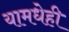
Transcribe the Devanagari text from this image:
यामधेही